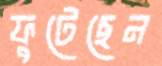
ফুটেছেন